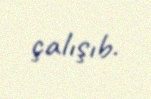
çalışıb.